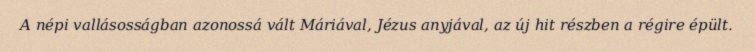
A népi vallásosságban azonossá vált Máriával, Jézus anyjával, az új hit részben a régire épült.